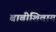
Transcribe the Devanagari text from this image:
बाबींशिवाय